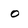
Character: O